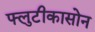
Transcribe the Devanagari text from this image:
फ्लुटीकासोन